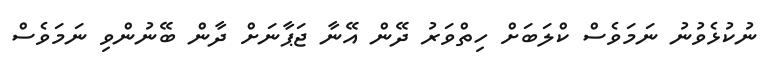
ނުކުޅެވުނު ނަމަވެސް ކްލަބަށް ހިތްވަރު ދޭން އޭނާ ޖަޕާނަށް ދާން ބޭނުންވި ނަމަވެސް